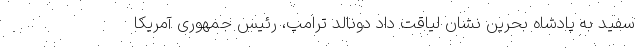
سفید به پادشاه بحرین نشان لیاقت داد دونالد ترامپ، رئیس جمهوری آمریکا